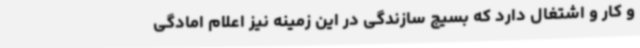
و کار و اشتغال دارد که بسیج سازندگی در این زمینه نیز اعلام امادگی